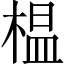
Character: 榅